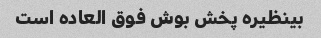
بینظیره پخش بوش فوق العاده است